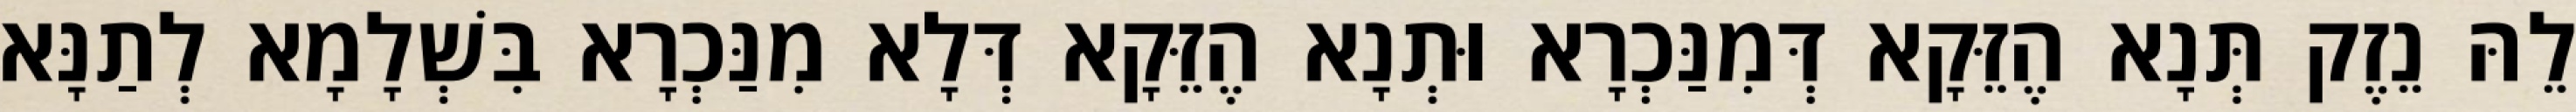
לֵהּ נֵזֶק תְּנָא הֶזֵּקָא דְּמִנַּכְרָא וּתְנָא הֶזֵּקָא דְּלָא מִנַּכְרָא בִּשְׁלָמָא לְתַנָּא